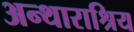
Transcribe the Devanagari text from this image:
अन्थाराश्रिय